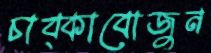
চাব্‌কাবোজুন